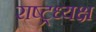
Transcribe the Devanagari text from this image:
राष्ट्रध्यक्ष